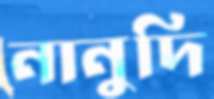
নানুদি